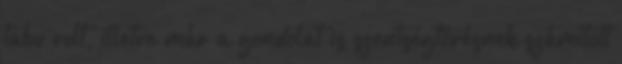
tabu volt, illetve már a gondolat is szentségtörésnek számított